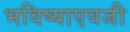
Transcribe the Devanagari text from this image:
भविष्याएवजी